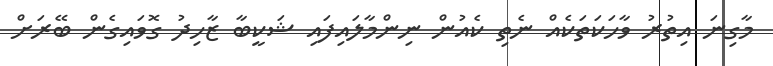
މާގިނަ އިތުރު ވާހަކަތަކެއް ނެތި ކެއުން ނިންމާލައިފައި ޝަކީބާ ޒާހިދު ގޮވައިގެން ބޭރަށް